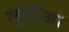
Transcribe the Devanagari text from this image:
लूबीआ